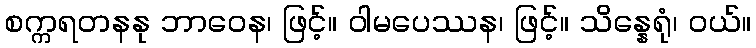
စက္ကရတနနု ဘာဝေန၊ ဖြင့်။ ဝါမပေဿန၊ ဖြင့်။ သိန္နေရုံ၊ ဝယ်။